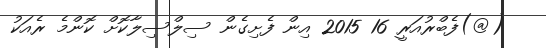
(@)ފެބްރުއަރީ 16 2015 އިން ފެށިގެން ސިލްސިލާކޮށް ކޮންމެ ރެއަކު